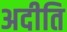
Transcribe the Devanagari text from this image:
अदीति